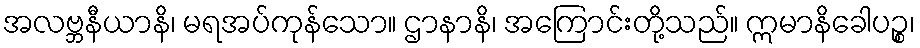
အလဗ္ဘနီယာနိ၊ မရအပ်ကုန်သော။ ဌာနာနိ၊ အကြောင်းတို့သည်။ ဣမာနိခေါပဉ္စ၊